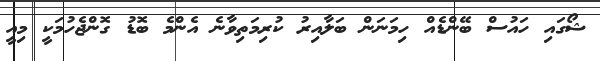
ޝޯގައި ހައުސް ބޭންޑެއް ހިމަނަން ބަލާއިރު ކުރިމަތިވާނެ އެންމެ ބޮޑު ގޮންޖެހުމަކީ މިއީ